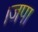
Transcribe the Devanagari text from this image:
।जपा